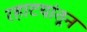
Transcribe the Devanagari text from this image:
रहाटयांतून